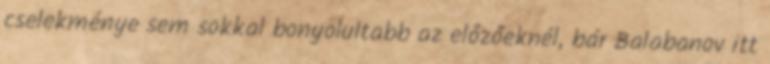
cselekménye sem sokkal bonyolultabb az előzőeknél, bár Balabanov itt